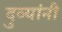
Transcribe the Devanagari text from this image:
दुव्यांनी